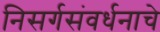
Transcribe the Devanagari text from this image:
निसर्गसंवर्धनाचे